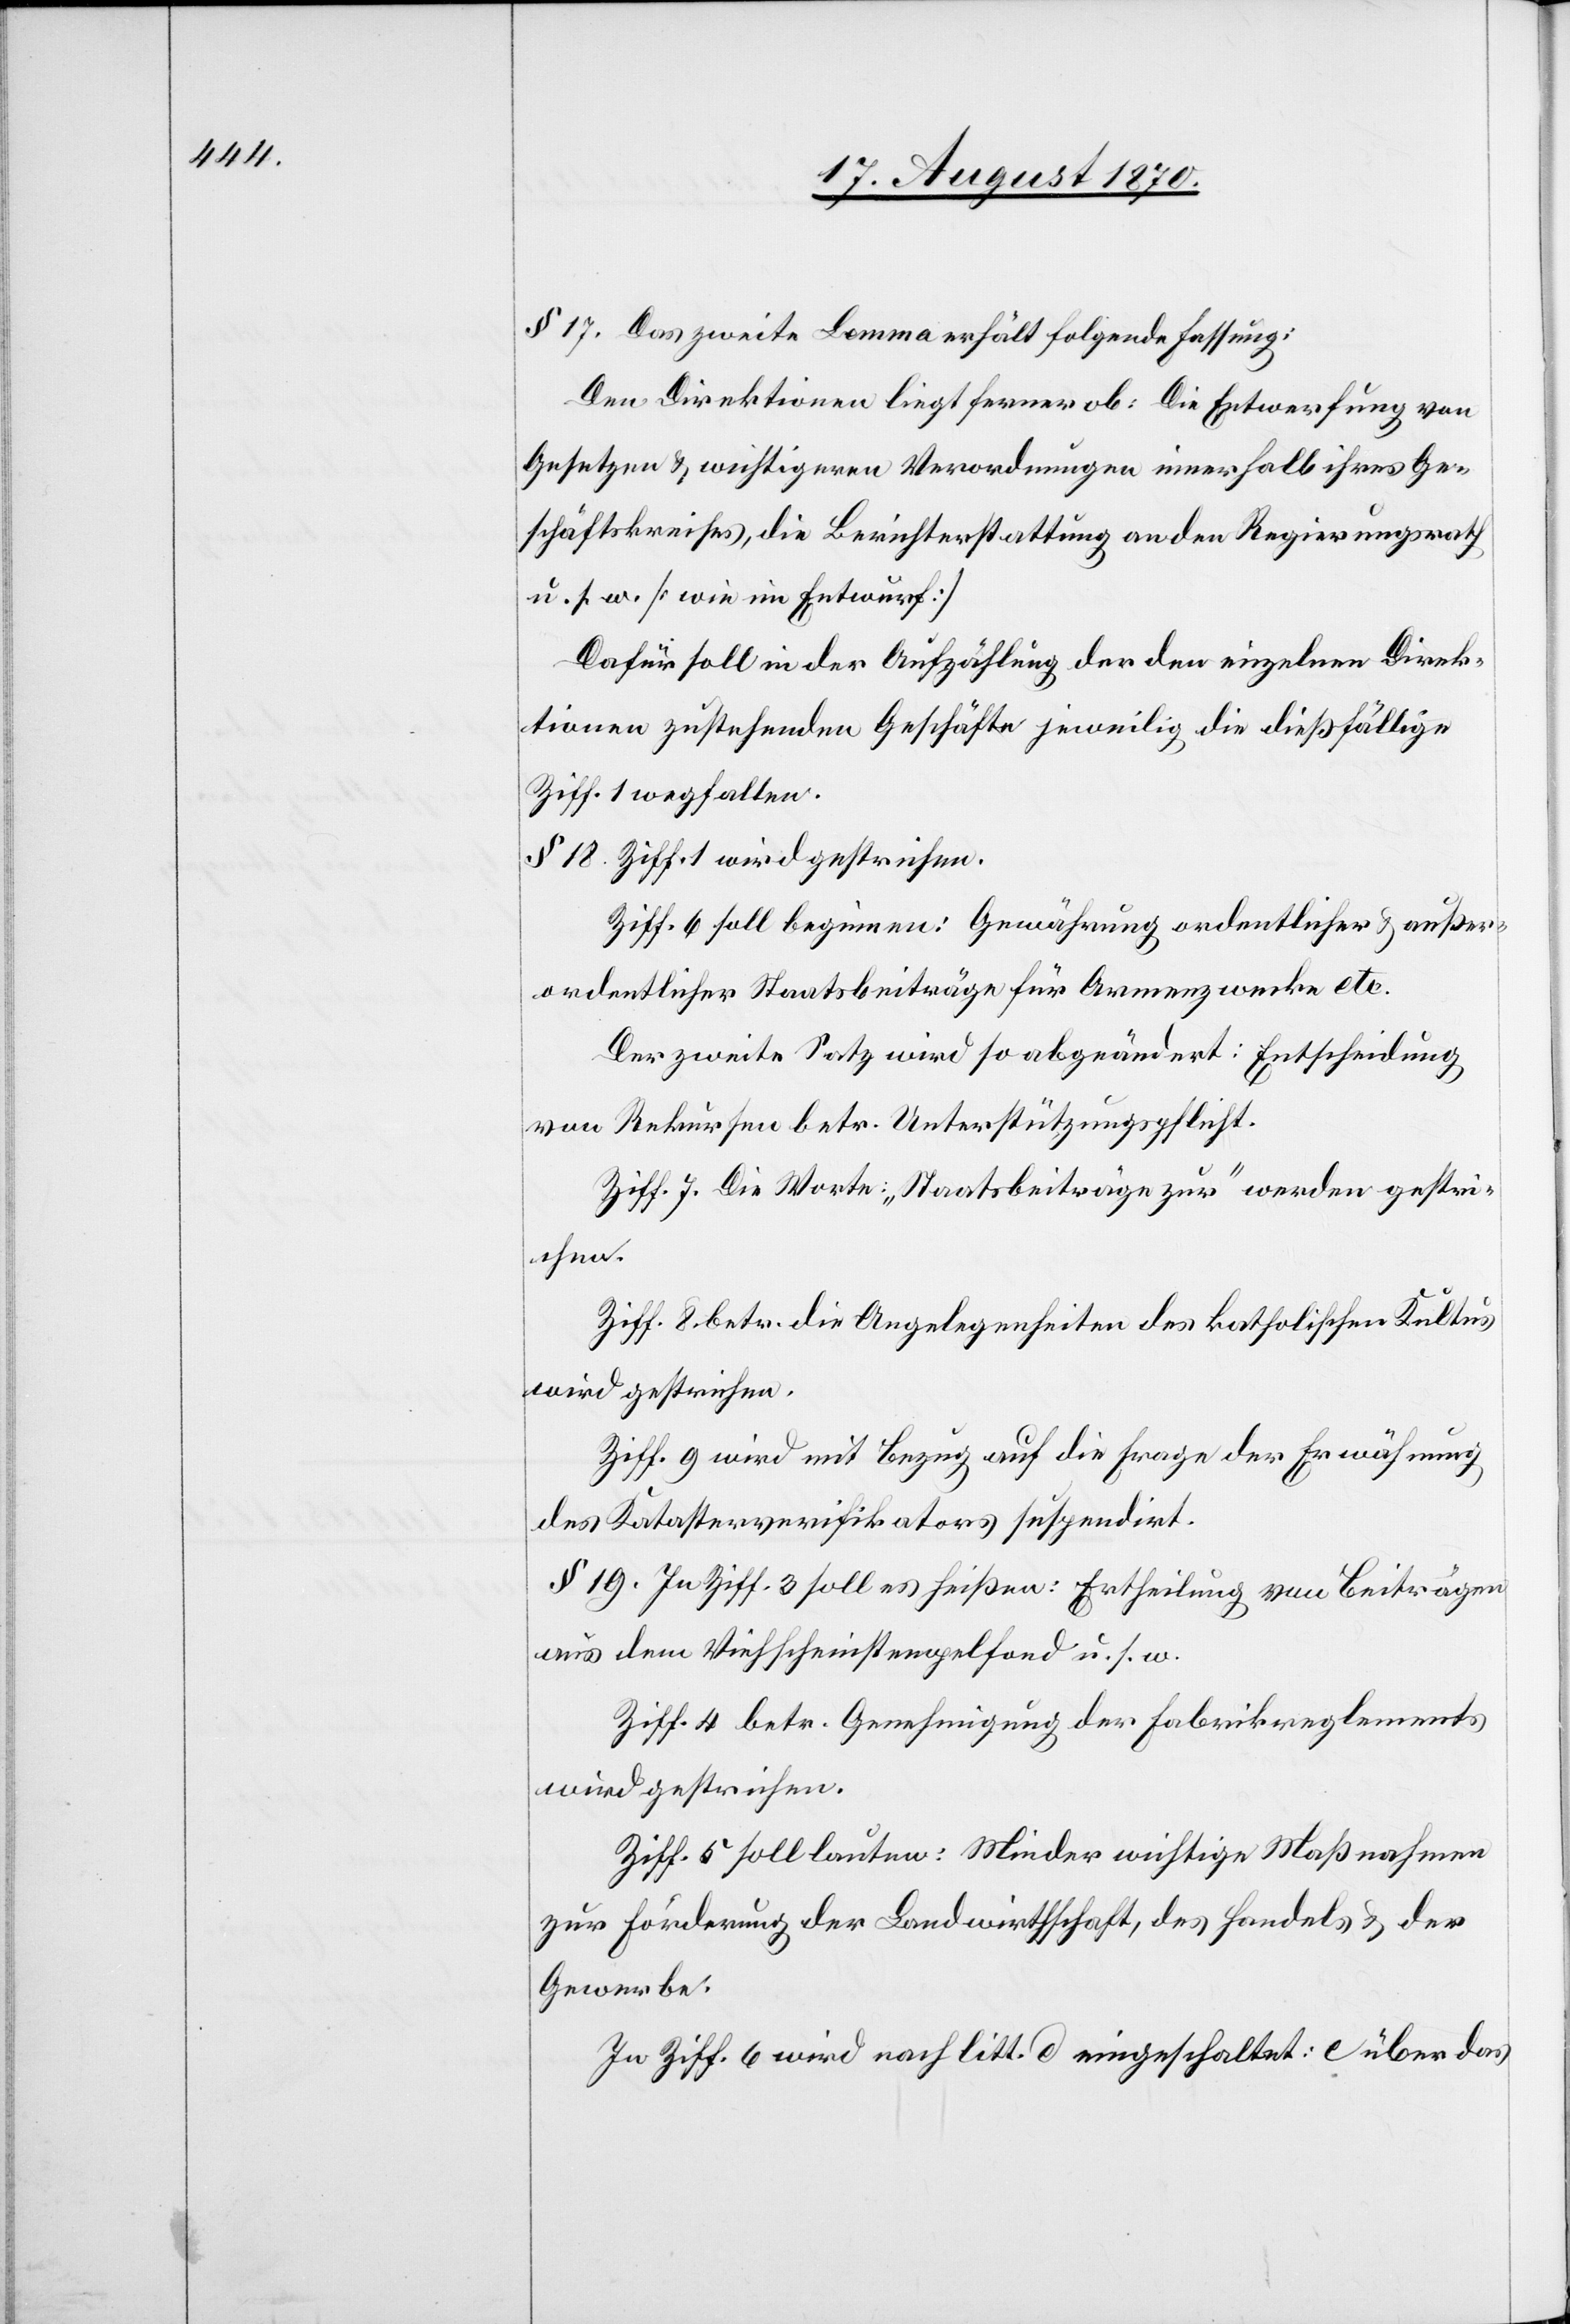
§ 17. Das zweite Lemma erhält folgende Fassung:
Den Direktionen liegt ferner ob: Die Entwerfung von
Gesetzen & wichtigen Verordnungen innerhalb ihres Ge¬
schäftskreises, die Berichterstattung an den Regierungsrath
u. s. w. [wie im Entwurf]
Dafür soll in der Aufzählung der den einzelnen Direk¬
tionen zustehenden Geschäfte jeweilig die dießfällige
Ziff. 1 wegfallen.
§ 18. Ziff. 1 wird gestrichen.
Ziff. 6 soll beginnen: Gewährung ordentlicher & außer¬
ordentlicher Staatsbeiträge für Armenzwecke etc.
Der zweite Satz wird so abgeändert: Entscheidung
von Rekursen betr. Unterstützungspflicht.
Ziff. 7. Die Worte „Staatsbeiträge zur“ werden gestri¬
chen.
Ziff. 8 betr. die Angelegenheiten des katholischen Kultus
wird gestrichen.
Ziff. 9 wird mit Bezug auf die Frage der Erwähnung
des Katasterverifikators suspendirt.
§ 19. In Ziff. 3 soll es heißen: Ertheilung von Beiträgen
aus dem Viehscheinstempelfond u. s. w.
Ziff. 4 betr. Genehmigung der Fabrikreglements
wird gestrichen.
Ziff. 5 soll lauten: Minder wichtige Maßnahmen
zur Förderung der Landwirthschaft, des Handels & der
Gewerbe.
In Ziff. 6 wird nach litt. d eingeschaltet: e über das